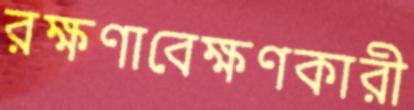
রক্ষণাবেক্ষণকারী